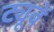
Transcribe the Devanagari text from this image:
ट्यूबें